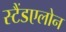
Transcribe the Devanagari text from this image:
स्टैंडएलोन